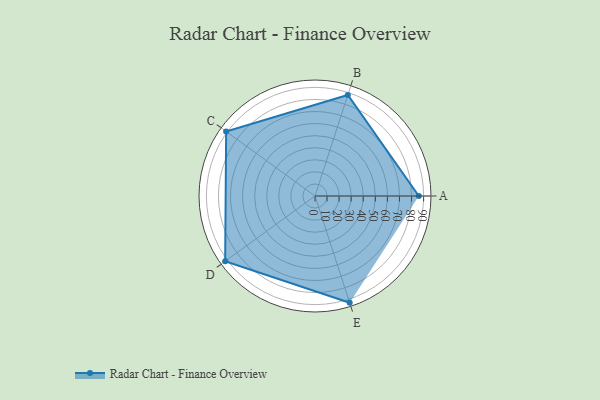
{"axis": {"x": "Skill", "y": "Score"}, "legend": ["Profile"], "data": [{"x": "A", "y": 86.0, "type": "Profile"}, {"x": "B", "y": 88.0, "type": "Profile"}, {"x": "C", "y": 91.0, "type": "Profile"}, {"x": "D", "y": 92.0, "type": "Profile"}, {"x": "E", "y": 93.0, "type": "Profile"}]}